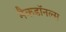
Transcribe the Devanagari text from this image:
मैकडॉनल्स